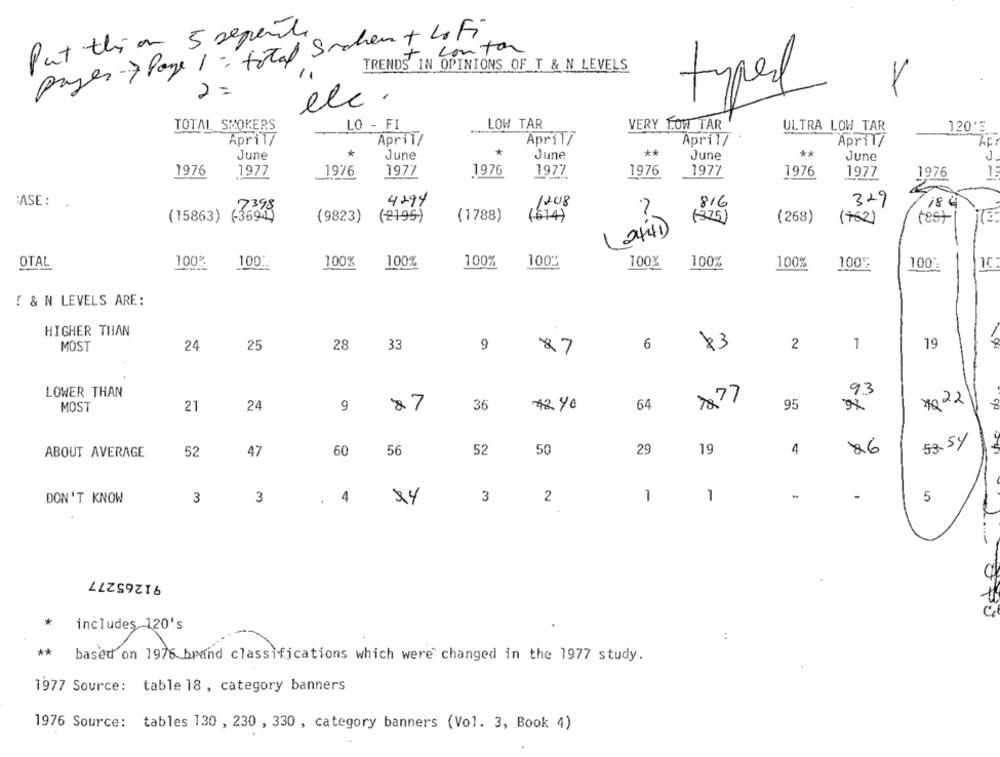
Put thiam 5 repente
payer 7 Page 1 : total Suchen + 4F
contar
TRENDS IN OPINIONS OF T & N LEVELS
2=
typer
elc.
TOTAL. SMOKERS
LO - FI
LOW TAR
VERY LOW TAR
ULTRA LOW TAR
120'S
April7
April/
April/
April/
April/
*
**
June
*
June
June
June
**
June
1976
1977
1976
1977
1976
1977
1976
1977
1976
1977
1976
:ASE: .
4294
1208
816
329
186
2
(15863) (3694)
(9823)
(2195)
(1788)
($14)
(375)
(268)
rest
73
(762)
OTAL
100%
100 *.
100%
100%
100%
100%
100%
100%
100%
100%
100
1C
! & N LEVELS ARE :
HIGHER THAN
MOST
24
25
28
33
9
6
2
1
19
87
LOWER THAN
93
7877
1022
MOST
21
24
9
87
36
7240
64
95
53.54
ABOUT AVERAGE
52
47
60
56
52
50
29
19
4
86
DON'T KNOW
3
3
. 4
3
2
1
1
-
5
91265277
*
includes 120's
:
** based on 1976 brand classifications which were changed in the 1977 study.
1977 Source: table 18, category banners
1976 Source: tables 130 , 230 , 330 , category banners (Vol. 3, Book 4)